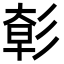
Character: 㣏